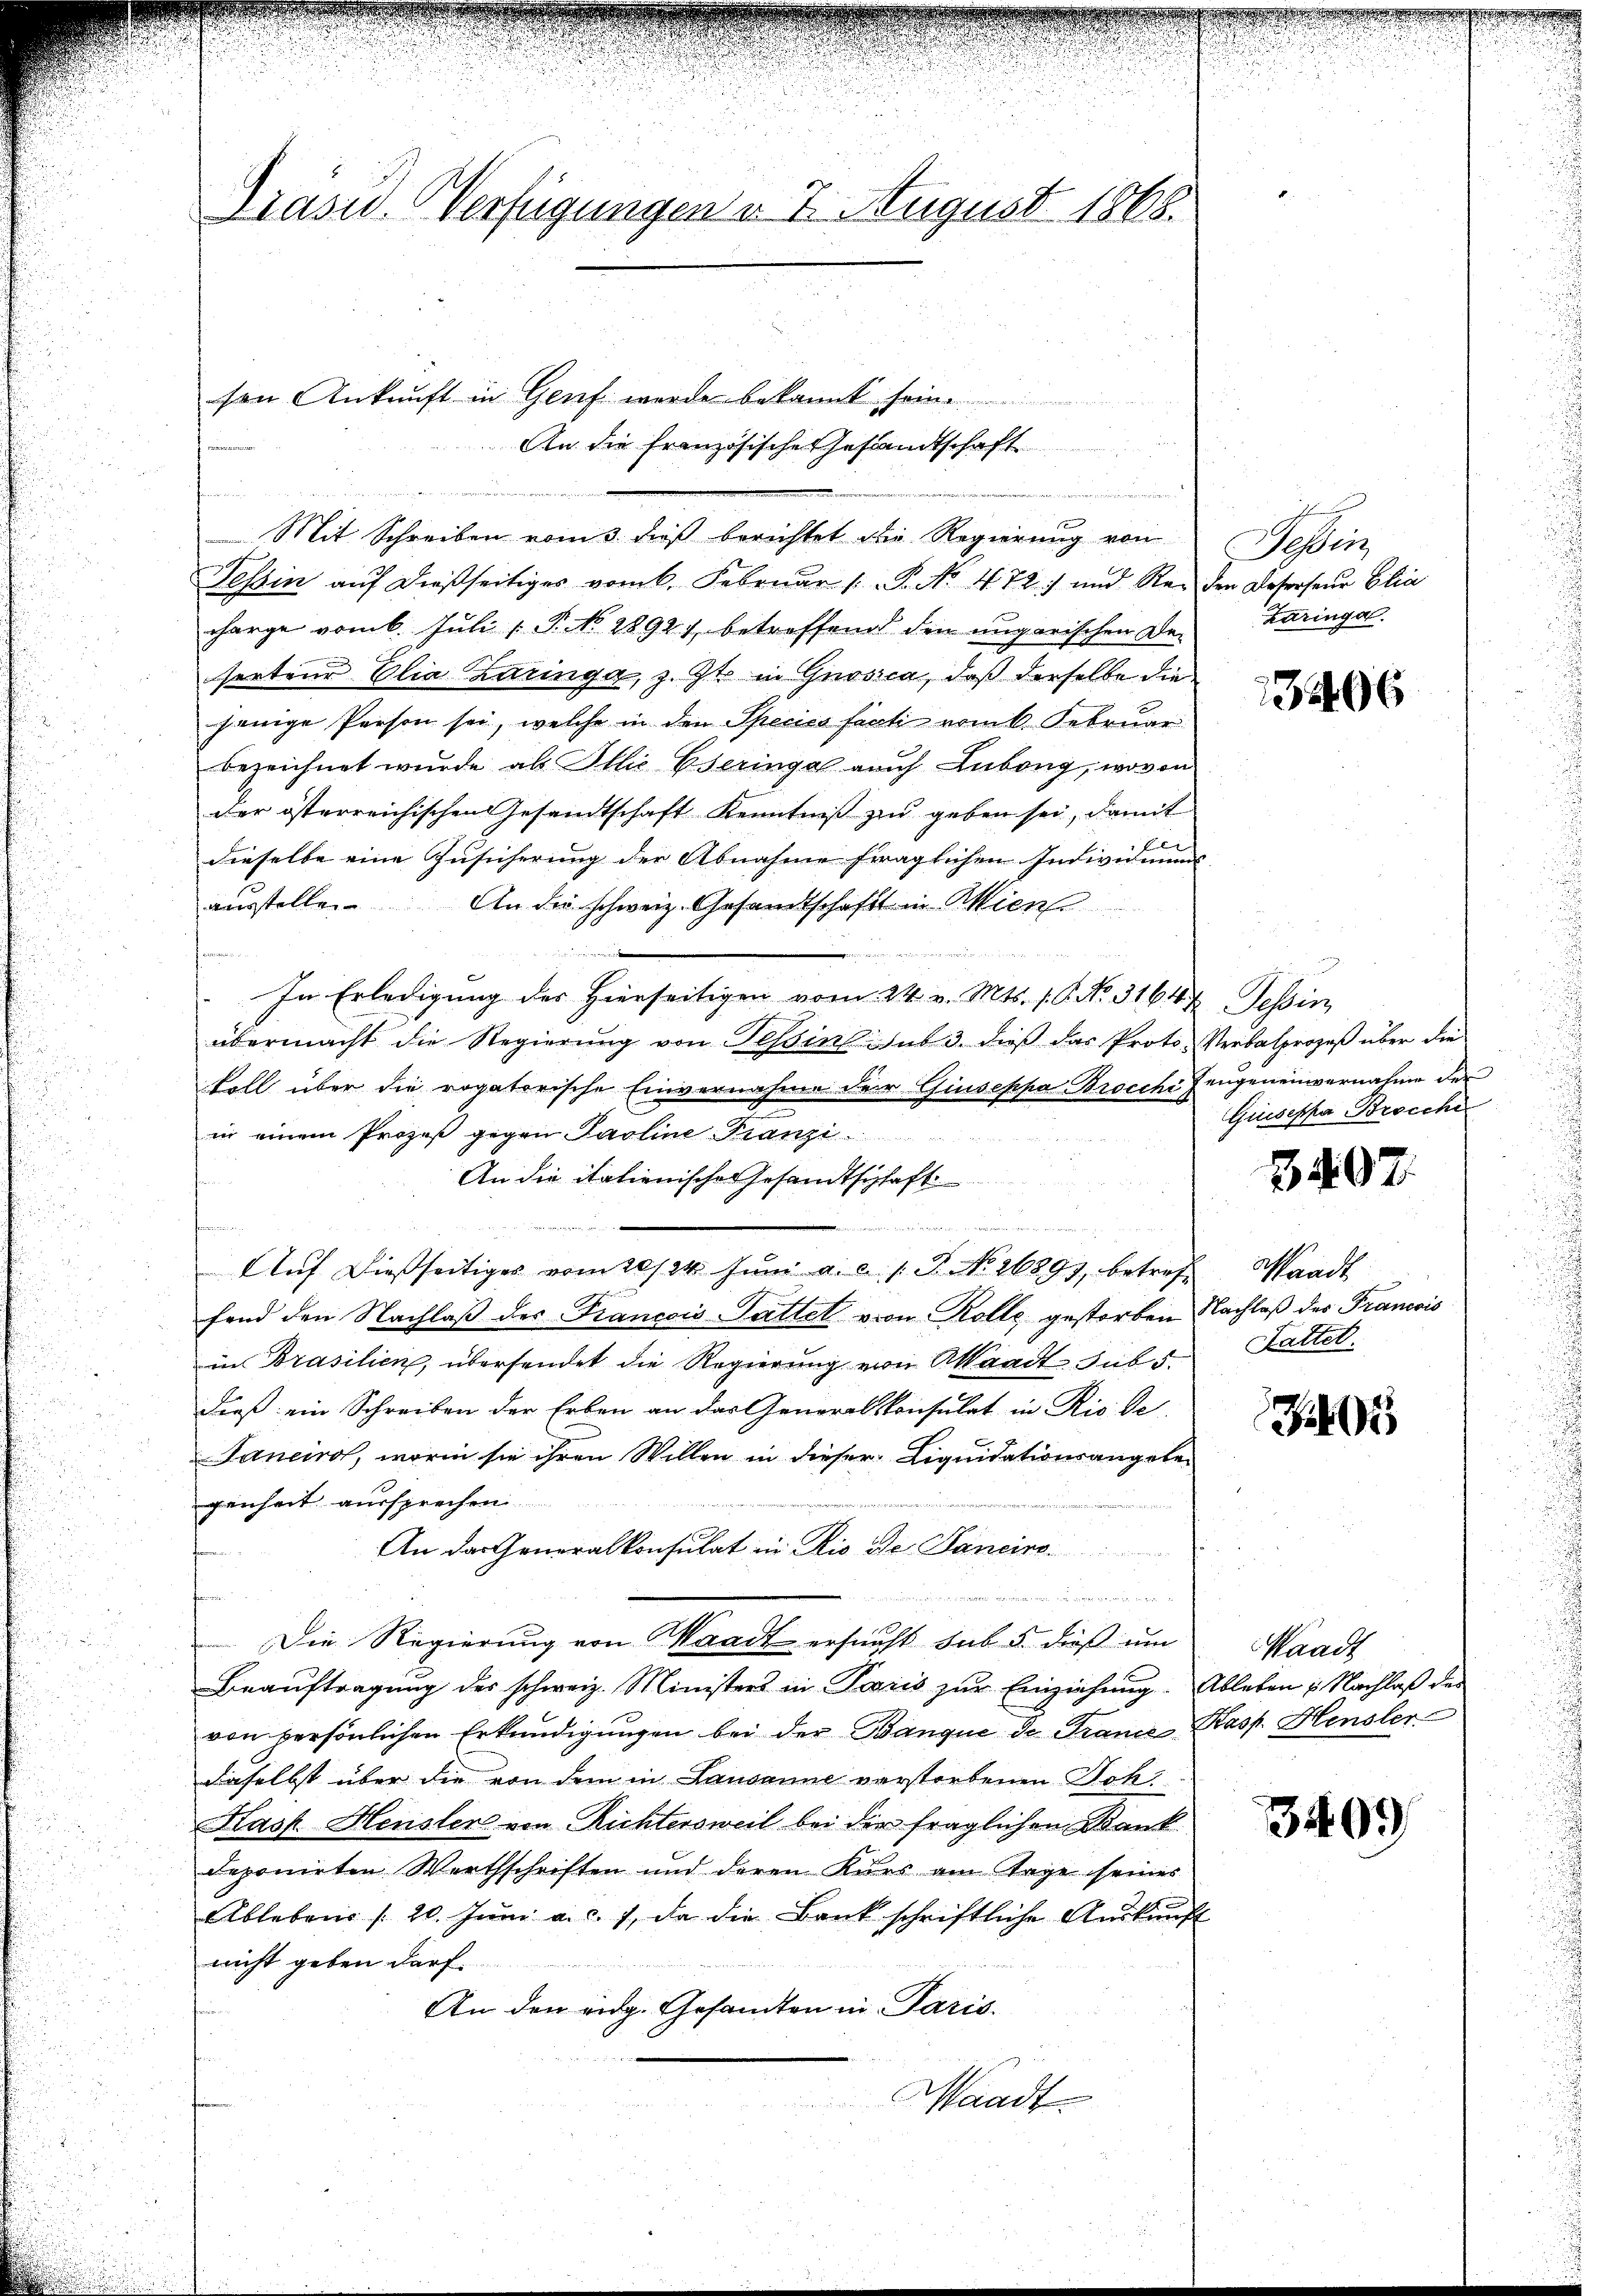
Grasw. Verfügungen v. 7. August 1868.

sen Ankunft in Genf wurde bekannt sein.
An die Französische Gesandtschaft
Mit Schreiben vom 3. dieß berichtet die Regierung von
Tessin auf dießseitiges vom 6. Februar (: P. No. 472 und Re- den Deserseŭr Elia
charge vom 6. Juli [ P. No. 28927 betreffend den ungarischen De-
sorteur Elia Zuringe, z. Zt. in Gnosica, daß derselbe die
jenige Person sei, welche in den Species facti vom 6. Februar
bezeichnet wurde als Illić Eseringe auch Lubong, wovon
der österreichischen Gesandtschaft Kenntniß zu geben sei, damit
E
dieselbe eine Zusicherung der Abnahme fraglichen Individuums
ausstelle. An die schweiz. Gesandtschaft in Mien
.
In Erledigung der Hierseitigen vom 24. v. Mts. s. C. No. 31644 Tessin,
übermacht die Regierŭng von Tessin sub 3. dieß das Proto- Verbalprozeß über die
koll über die rogatorische Einvernahme der Giuseppa Brocchi Zeugeneinvernahme der
in einem Prozeß gegen Paoline Franzi
n
An die italienische Gesandtschaft

f
u
Auf dießseitiges vom 20./24. Juni a.c. s. B. No. 26893, betreffend den Nachlaβ des Francois Sattet von Rolle gestorben Nachlaß des Francois
in Brasilien, übersendet die Regierung von Waadt sub 5.
dieß ein Schreiben der Erben an das Generalkonsulat in Rio de
Jancirol, worin sie ihren Willen in dieser Liquidationsangele-
genheit aussprechen
An das Generalkonsulat in Rio de Janeine
t

Die Regierung von Waadt ersucht sub 5. dieß um
Beauftragung des schweiz. Ministers in Paris zur Einziehung. Ableben & Nachlaß des
von persönlichen Erkundigungen bei der Banque de France Kasp. Hensler
daselbst über die von dem in Lausanne verstorbenen Joki
Kask. Heusler von Richtersweil bei der fraglichen Bankdeponirten Werthschriften und deren Kurs am Tage seines
Ablebens 20. Juni a. c. 7, da die Bank schriftliche Auskunft
nicht geben darf.
An den eidg. Gesandten in Paris.
Waadt

r

Sehen
Zaringe.

3296

Guseppe Brosche

3407.

Waadt
Lattet.

i

Waadt

3409